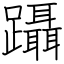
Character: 躡